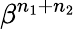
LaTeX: \beta^{n_{1}+n_{2}}